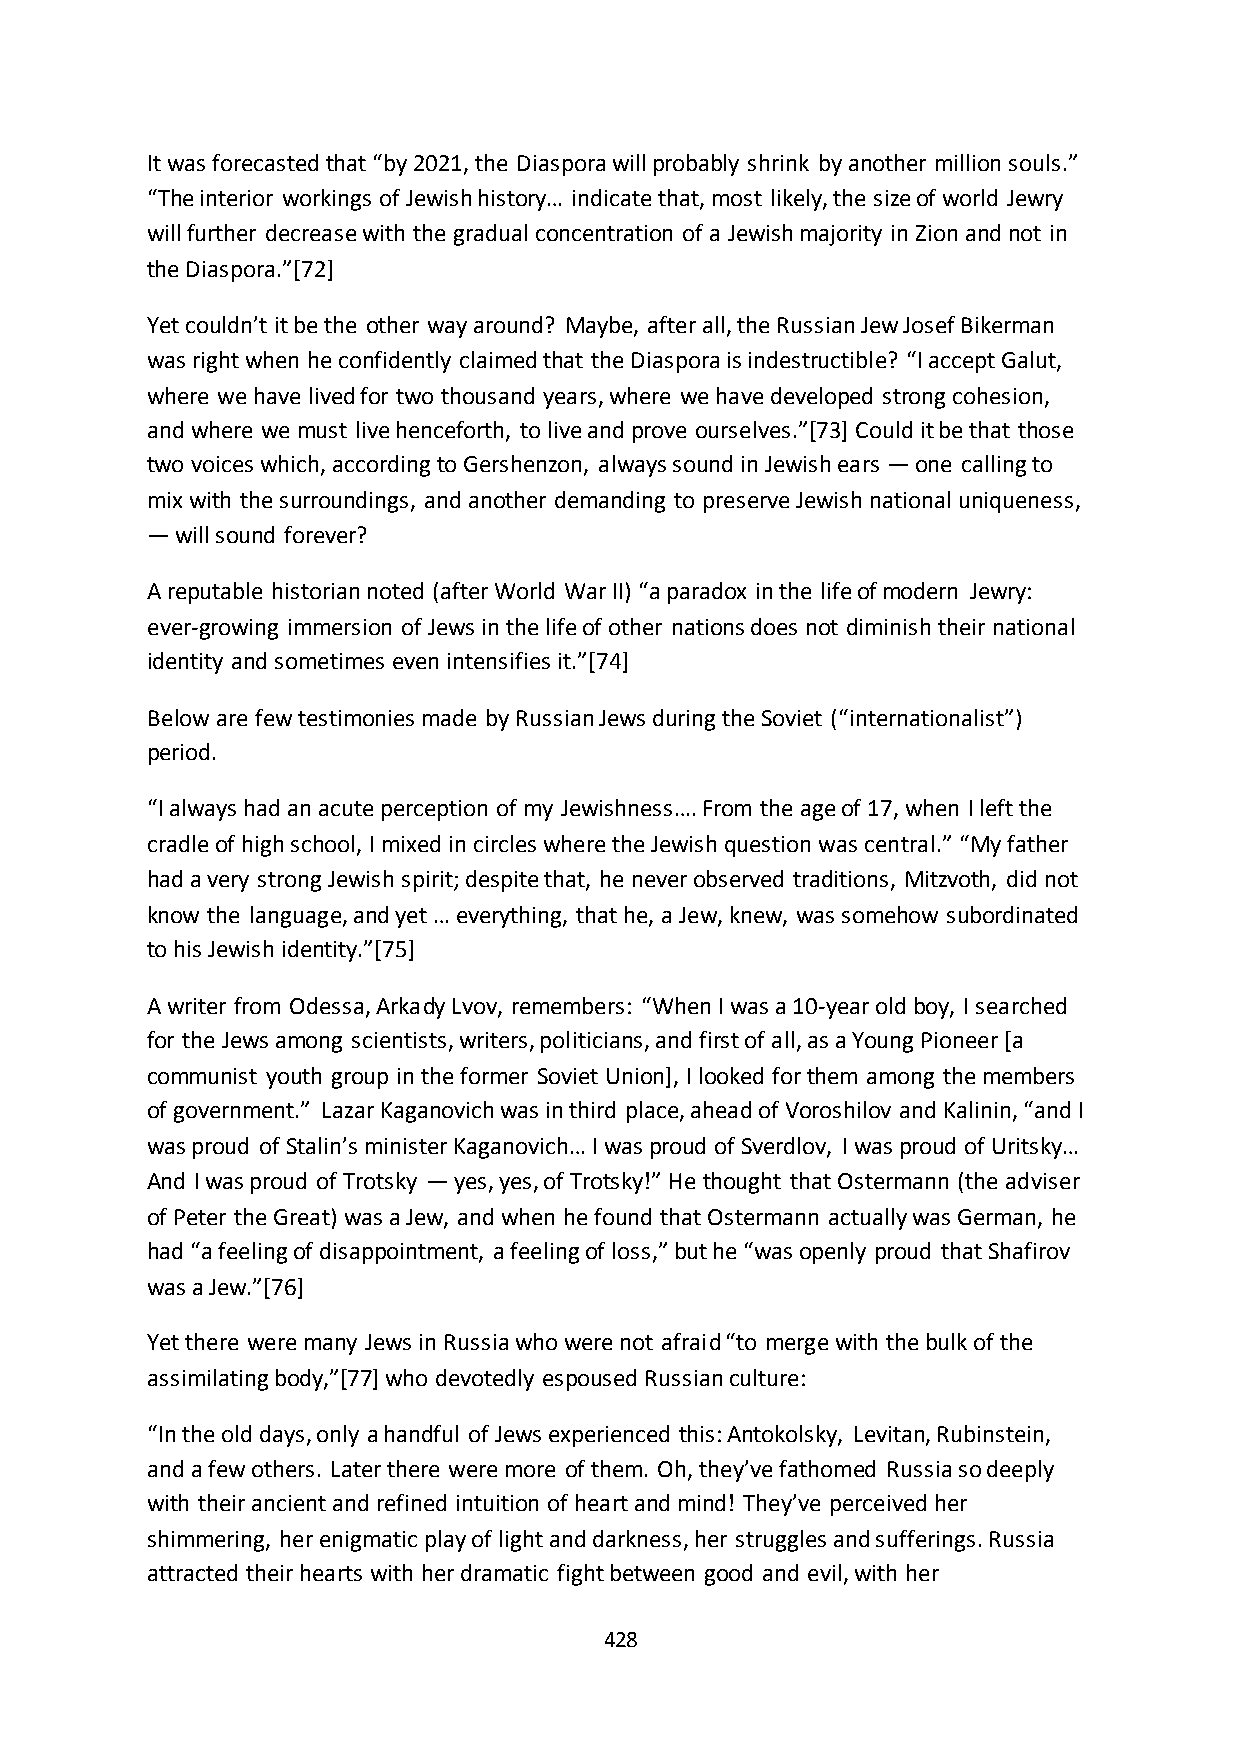
It was forecasted that “by 2021, the Diaspora will probably shrink by another million souls.”
 “The interior workings of Jewish history… indicate that, most likely, the size of world Jewry
 will further decrease with the gradual concentration of a Jewish majority in Zion and not in
 the Diaspora.”*72+
 Yet couldn’t it be the other way around? Maybe, after all, the Russian Jew Josef Bikerman
 was right when he confidently claimed that the Diaspora is indestructible? “I accept Galut,
 where we have lived for two thousand years, where we have developed strong cohesion,
 and where we must live henceforth, to live and prove ourselves.”*73+ Could it be that those
 two voices which, according to Gershenzon, always sound in Jewish ears — one calling to
 mix with the surroundings, and another demanding to preserve Jewish national uniqueness,
 — will sound forever?
 A reputable historian noted (after World War II) “a paradox in the life of modern Jewry:
 ever-growing immersion of Jews in the life of other nations does not diminish their national
 identity and sometimes even intensifies it.”*74+
 Below are few testimonies made by Russian Jews during the Soviet (“internationalist”)
 period.
 “I always had an acute perception of my Jewishness…. From the age of 17, when I left the
 cradle of high school, I mixed in circles where the Jewish question was central.” “My father
 had a very strong Jewish spirit; despite that, he never observed traditions, Mitzvoth, did not
 know the language, and yet … everything, that he, a Jew, knew, was somehow subordinated
 to his Jewish identity.”*75+
 A writer from Odessa, Arkady Lvov, remembers: “When I was a 10-year old boy, I searched
 for the Jews among scientists, writers, politicians, and first of all, as a Young Pioneer [a
 communist youth group in the former Soviet Union], I looked for them among the members
 of government.” Lazar Kaganovich was in third place, ahead of Voroshilov and Kalinin, “and I
 was proud of Stalin’s minister Kaganovich… I was proud of Sverdlov, I was proud of Uritsky…
 And I was proud of Trotsky — yes, yes, of Trotsky!” He thought that Ostermann (the adviser
 of Peter the Great) was a Jew, and when he found that Ostermann actually was German, he
 had “a feeling of disappointment, a feeling of loss,” but he “was openly proud that Shafirov
 was a Jew.”*76+
 Yet there were many Jews in Russia who were not afraid “to merge with the bulk of the
 assimilating body,”*77+ who devotedly espoused Russian culture:
 “In the old days, only a handful of Jews experienced this: Antokolsky, Levitan, Rubinstein,
 and a few others. Later there were more of them. Oh, they’ve fathomed Russia so deeply
 with their ancient and refined intuition of heart and mind! They’ve perceived her
 shimmering, her enigmatic play of light and darkness, her struggles and sufferings. Russia
 attracted their hearts with her dramatic fight between good and evil, with her
 428